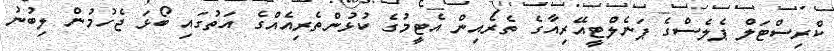
ކްރިސްޓަލް ޕެލެސްގެ ޕަނެލްޓީއޭރިއާގެ ތެރެއިން އެޓީމުގެ ކުޅުންތެރިއެއްގެ އަތުގައި ބޯޅަ ޖެހުމުން ލިބުނު